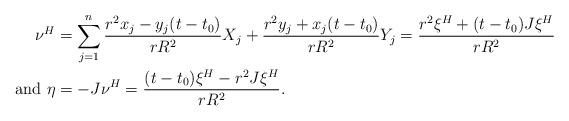
LaTeX: \begin{align*}\nu^H&=\sum_{j=1}^n \frac{r^2x_j-y_j(t-t_0)}{rR^2} X_j+\frac{r^2y_j+x_j(t-t_0)}{rR^2} Y_j=\frac{r^2\xi^H+(t-t_0)J\xi^H}{rR^2}\\\mbox{and }\eta&=-J\nu^H=\frac{(t-t_0)\xi^H-r^2J\xi^H}{rR^2}.\end{align*}